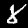
Label: 8